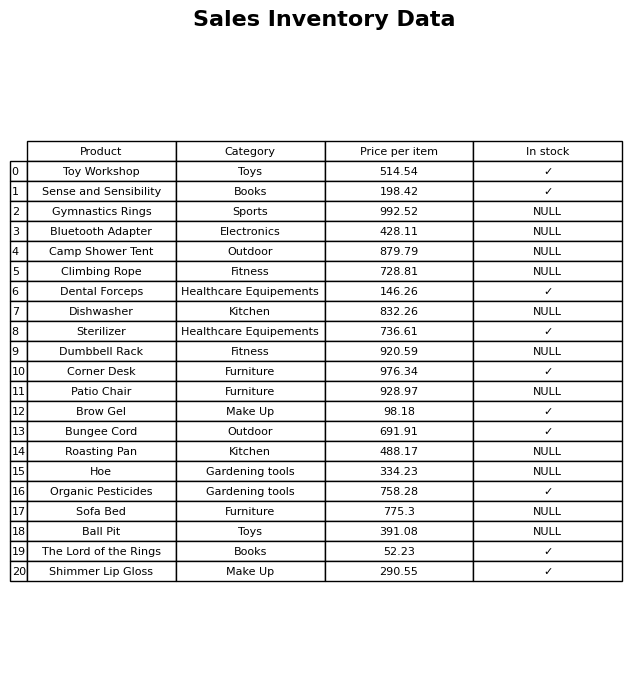
question: What is the stock status of the Dishwasher?
answer: NULL